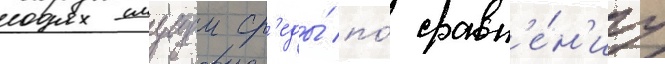
окружаущеи ср'еды́ по́ сравн'е́н'иу